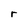
Character: r